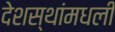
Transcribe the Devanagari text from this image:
देशस्थांमधली